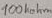
Text: 100kohm